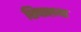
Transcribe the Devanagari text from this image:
शिवालया